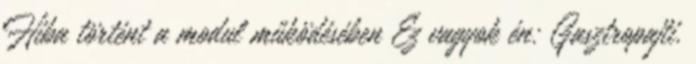
Hiba történt a modul működésében Ez vagyok én: Gasztropajti.